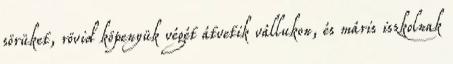
sörüket, rövid köpenyük végét átvetik vállukon, és máris iszkolnak